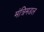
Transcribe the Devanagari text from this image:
मंत्रिमडल